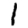
Digit: 1